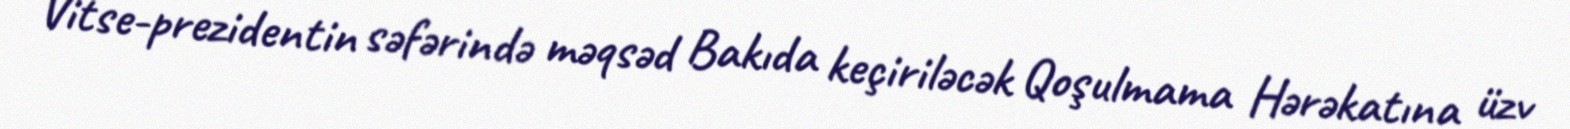
Vitse-prezidentin səfərində məqsəd Bakıda keçiriləcək Qoşulmama Hərəkatına üzv